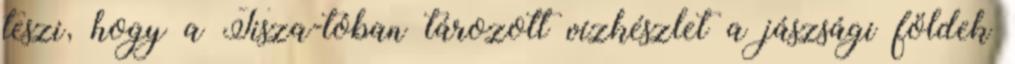
teszi, hogy a Tisza-tóban tározott vízkészlet a jászsági földek